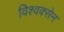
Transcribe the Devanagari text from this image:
विश्वक्सेन